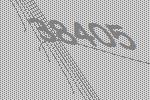
38405